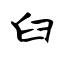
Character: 臼